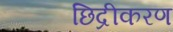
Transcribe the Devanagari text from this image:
छिद्रीकरण